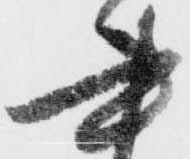
書